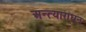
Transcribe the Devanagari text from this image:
अन्त्याराधन